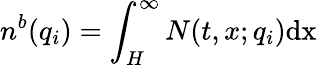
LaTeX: n^{b}(q_{i})=\int_{H}^{\infty}N(t,x;q_{i})\mathrm{{d}x}